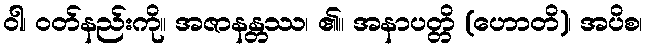
ဝါ၊ ဝတ်နည်းကို။ အဇာနန္တဿ၊ ၏။ အနာပတ္တိ (ဟောတိ)၊ အပိစ၊